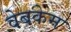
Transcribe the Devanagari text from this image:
वेबकेम